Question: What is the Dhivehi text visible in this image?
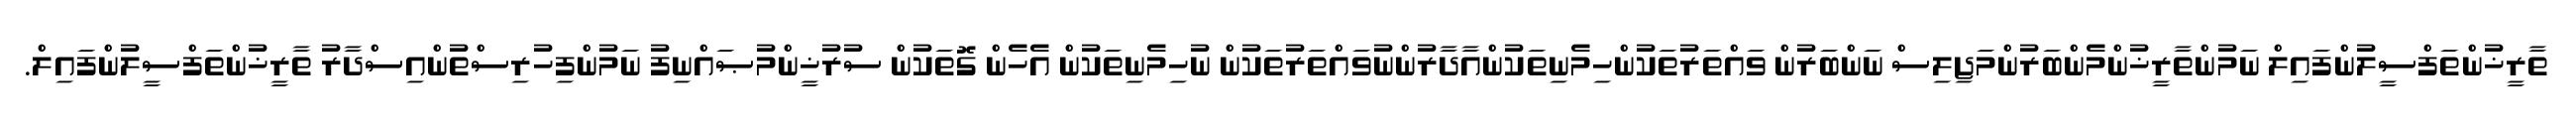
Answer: ތާރީޚުންތަފްސީލުންފައިލް ނަމުންތާރީޚުންމެންބަރުންމަޖިލިސް ނަންބަރުން ވައްތަރުތަކުންހިމެނިތަކުންއާދާރުންނުވައްތަރުތަކުން ނުހިމެނިތަކުން އެހެން ގޮތަކުން ސުރުޚީންމުޞައްނިފު ނަމުންފިހުރިސްތުންއިސްދާރު ތާރީޚުންތަފްސީލުންފައިލް.